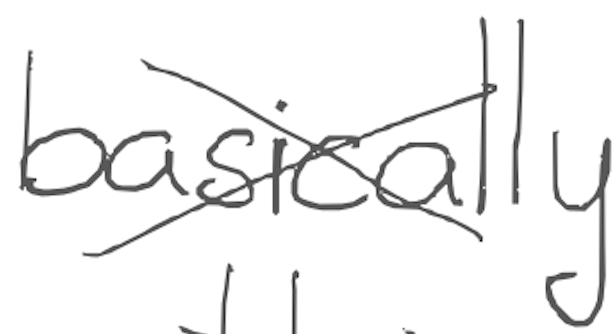
Text: basically
Cross-out: cross
Writing tool: digital_gray